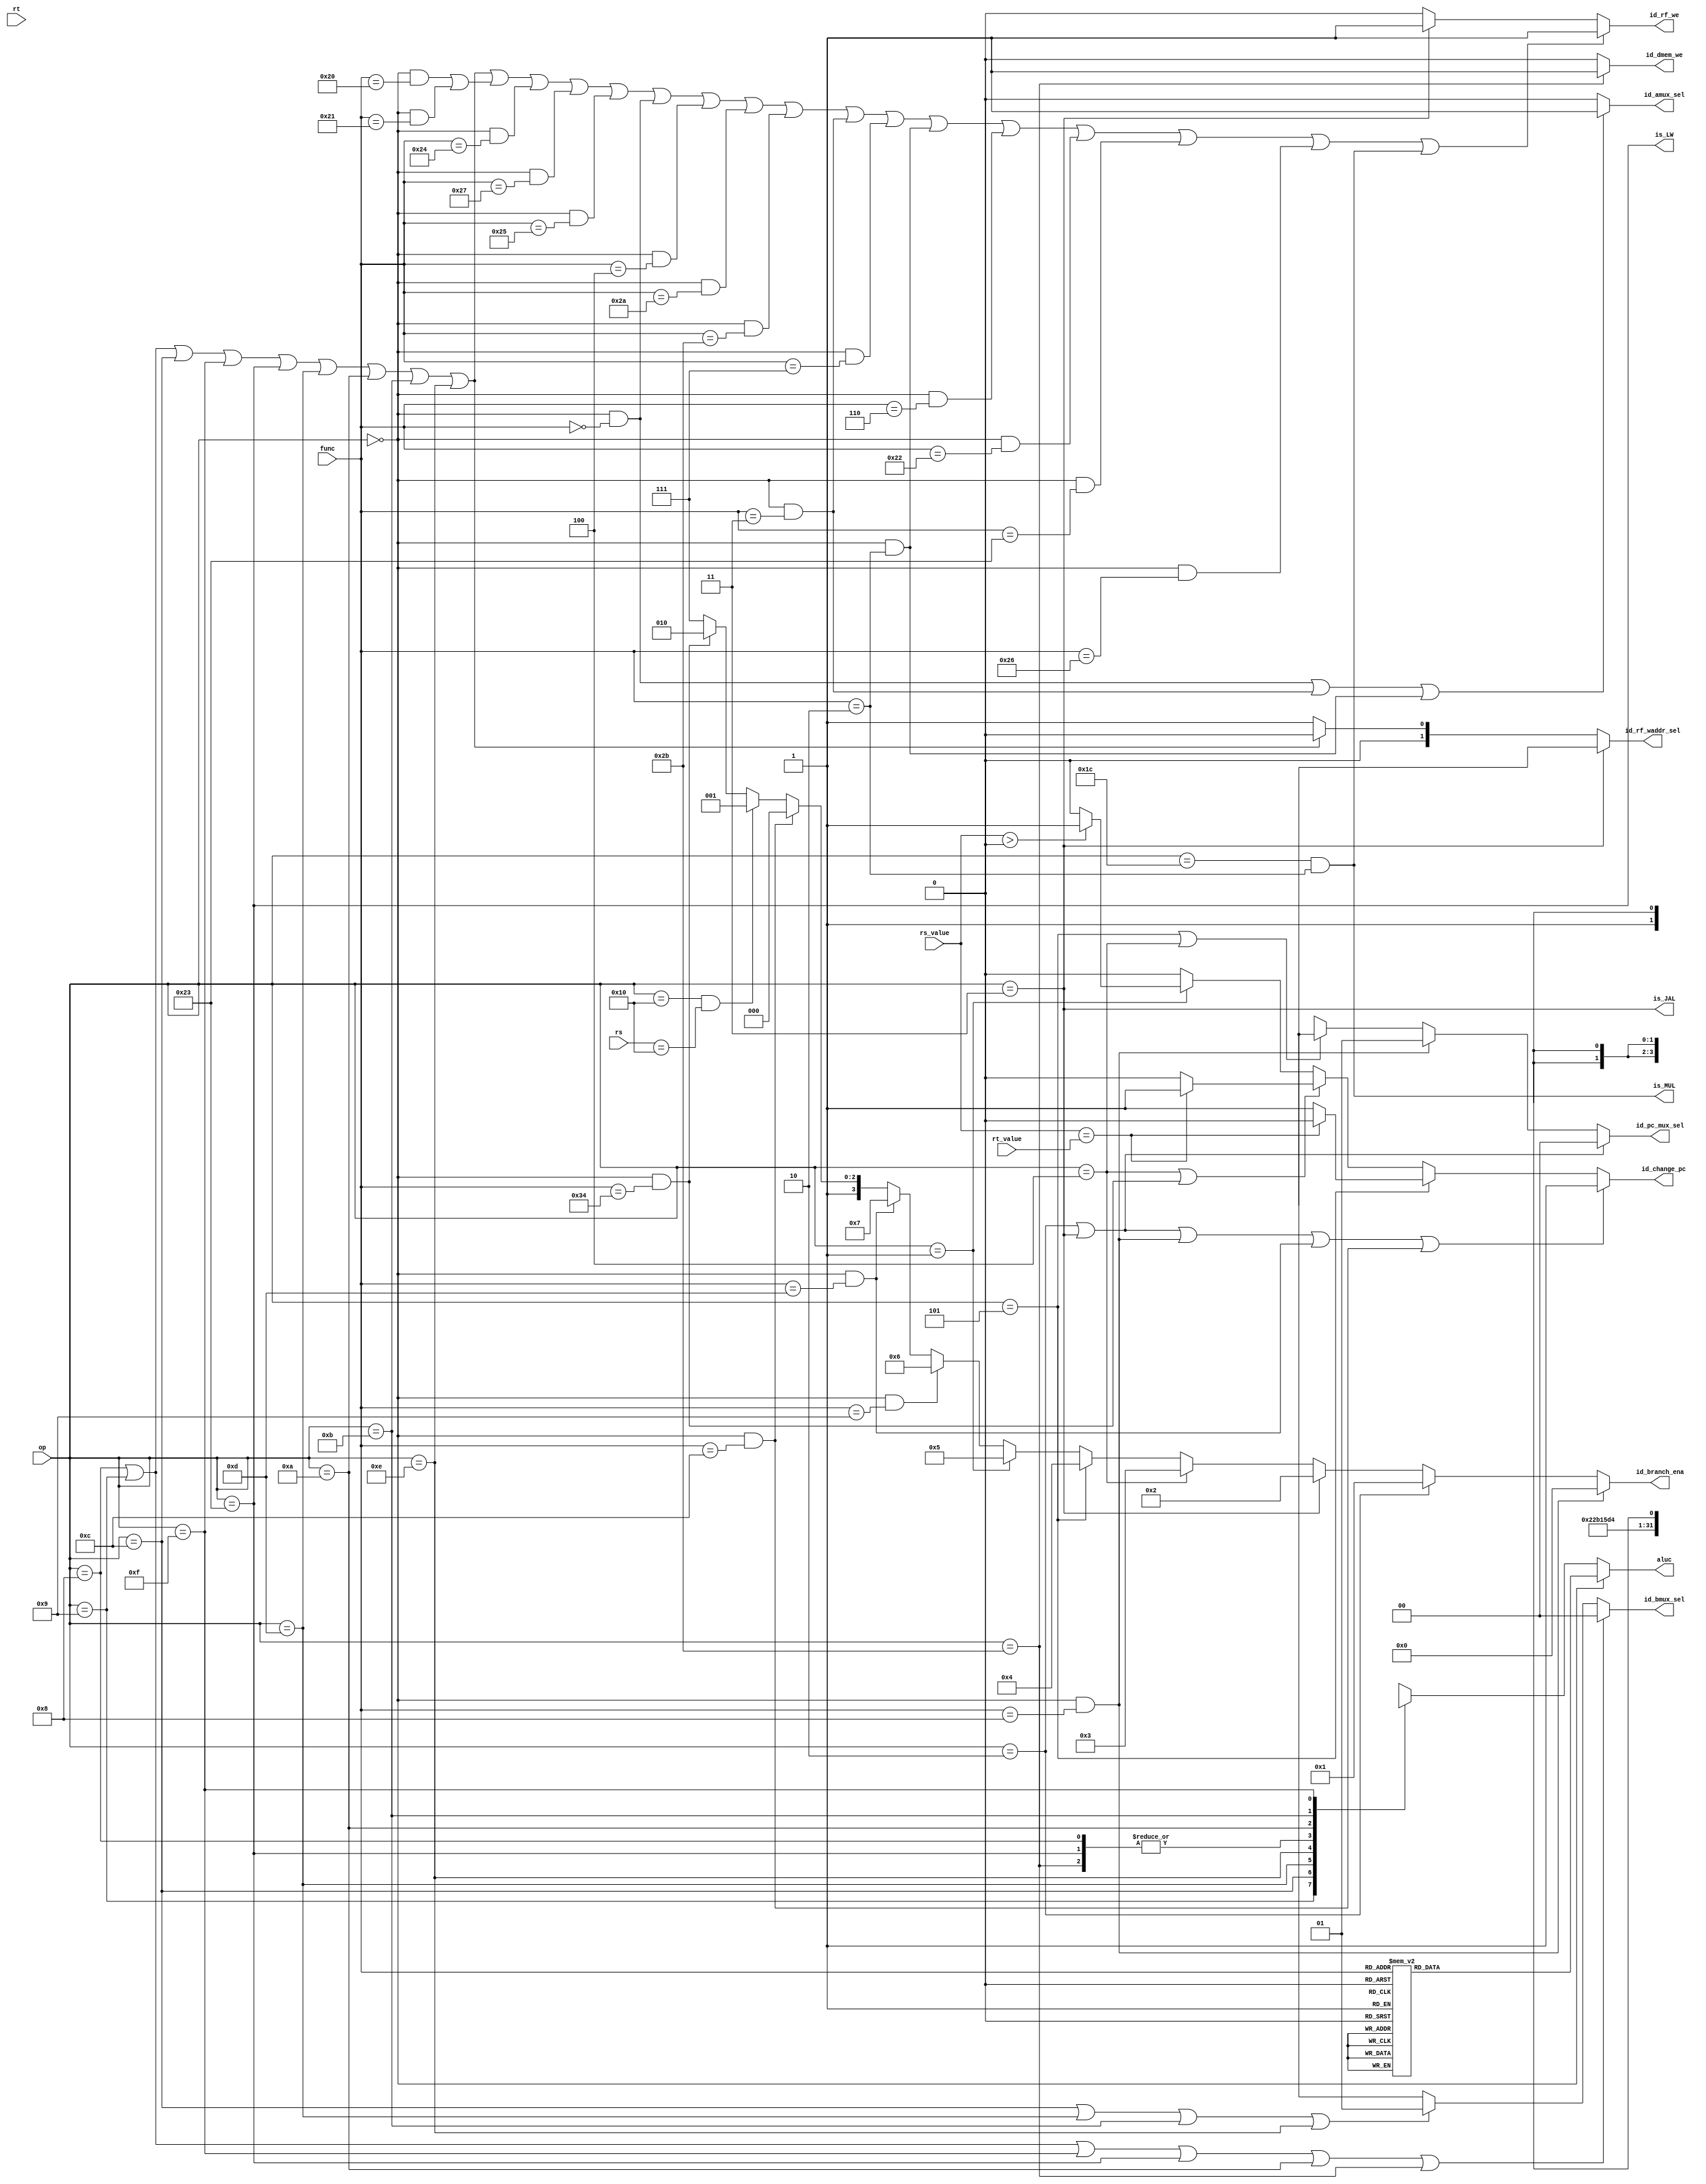
`define ALUC_ADDU 4'b0000
`define ALUC_ADD 4'b0010
`define ALUC_SUBU 4'b0001
`define ALUC_SUB 4'b0011
`define ALUC_AND 4'b0100
`define ALUC_OR 4'b0101
`define ALUC_XOR 4'b0110
`define ALUC_NOR 4'b0111
`define ALUC_LUI 4'b100x
`define ALUC_SLT 4'b1011
`define ALUC_SLTU 4'b1010
`define ALUC_SRA 4'b1100
`define ALUC_SLL 4'b111x
`define ALUC_SRL 4'b1101

`define MDUC_MULT 2'b00
`define MDUC_MULTU 2'b01
`define MDUC_DIV 2'b10
`define MDUC_DIVU 2'b11

`define OP_R_TYPE 6'b000000
`define OP_000000 6'b000000
`define FUNC_ADD 6'b100000//==`FUNC_CLZ
`define FUNC_ADDU 6'b100001
`define FUNC_SUB 6'b100010
`define FUNC_SUBU 6'b100011
`define FUNC_AND 6'b100100
`define FUNC_OR 6'b100101
`define FUNC_XOR 6'b100110
`define FUNC_NOR 6'b100111
`define FUNC_SLT 6'b101010
`define FUNC_SLTU 6'b101011
`define FUNC_SLL 6'b000000
`define FUNC_SRL 6'b000010//==`FUNC_MUL
`define FUNC_SRA 6'b000011
`define FUNC_SLLV 6'b000100
`define FUNC_SRLV 6'b000110
`define FUNC_SRAV 6'b000111
`define FUNC_JR 6'b001000
`define FUNC_DIV 6'b011010
`define FUNC_DIVU 6'b011011
`define FUNC_MULTU 6'b011001
`define FUNC_JALR 6'b001001
`define FUNC_MFHI 6'b010000
`define FUNC_MFLO 6'b010010
`define FUNC_MTHI 6'b010001
`define FUNC_MTLO 6'b010011
`define FUNC_SYSCALL 6'b001100
`define FUNC_TEQ 6'b110100
`define FUNC_BREAK 6'b001101

`define OP_010000 6'b010000
`define RS_ERET 5'b10000
`define RS_MFC0 5'b00000
`define RS_MTC0 5'b00100

`define OP_011100 6'b011100
`define FUNC_MUL 6'b000010
`define FUNC_CLZ 6'b100000

`define OP_ADDI 6'b001000
`define OP_ADDIU 6'b001001
`define OP_ANDI 6'b001100
`define OP_ORI 6'b001101
`define OP_XORI 6'b001110
`define OP_LW 6'b100011
`define OP_SW 6'b101011
`define OP_BEQ 6'b000100
`define OP_BNE 6'b000101
`define OP_SLTI 6'b001010
`define OP_SLTIU 6'b001011
`define OP_LUI 6'b001111
`define OP_J 6'b000010
`define OP_JAL 6'b000011
`define OP_LB 6'b100000
`define OP_LBU 6'b100100
`define OP_LH 6'b100001
`define OP_LHU 6'b100101
`define OP_SB 6'b101000
`define OP_SH 6'b101001
`define OP_BGEZ 6'b000001

module ID_ControlUnit
(
	op,
	rs,
	rt,
	func,
	rs_value,
	rt_value,
	id_change_pc, 
	id_pc_mux_sel, 
	id_amux_sel, 
	id_bmux_sel, 
	aluc,
	id_rf_we, 
	id_rf_waddr_sel,
	// id_rf_data_sel, 
	id_dmem_we, 
	id_branch_ena,
	is_JAL,
	is_LW,
	is_MUL
);
	input [5:0]op;
	input [4:0]rs;
	input [4:0]rt;
	input [5:0]func;
	input [31:0]rs_value;
	input [31:0]rt_value;
	output reg id_change_pc; 
	output reg [1:0]id_pc_mux_sel; 
	output reg id_amux_sel;
	output reg [1:0]id_bmux_sel; 
	output reg [3:0]aluc;
	output reg id_rf_we;
	output reg [1:0]id_rf_waddr_sel;
	// output reg [1:0]id_rf_data_sel;
	output reg id_dmem_we; 
	output reg [3:0]id_branch_ena;
	output is_JAL;
	output is_LW;
	output is_MUL;

	wire ADDI = (op == `OP_ADDI);
	wire ADDIU = (op == `OP_ADDIU);
	wire ANDI = (op == `OP_ANDI);
	wire ORI = (op == `OP_ORI);
	wire SLTIU = (op == `OP_SLTIU);
	wire LUI = (op == `OP_LUI);
	wire XORI = (op == `OP_XORI);
	wire SLTI = (op == `OP_SLTI);
	wire ADDU = (op == `OP_000000 && func == `FUNC_ADDU);
	wire AND = (op == `OP_000000 && func == `FUNC_AND);
	wire BEQ = (op == `OP_BEQ);
	wire BNE = (op == `OP_BNE);
	wire J = (op == `OP_J);
	wire JAL = (op == `OP_JAL);
	wire JR = (op == `OP_000000 && func == `FUNC_JR);
	wire LW = (op == `OP_LW);
	wire XOR = (op == `OP_000000 && func == `FUNC_XOR);
	wire NOR = (op == `OP_000000 && func == `FUNC_NOR);
	wire OR = (op == `OP_000000 && func == `FUNC_OR);
	wire SLL = (op == `OP_000000 && func == `FUNC_SLL);
	wire SLLV = (op == `OP_000000 && func == `FUNC_SLLV);
	wire SLTU = (op == `OP_000000 && func == `FUNC_SLTU);
	wire SRA = (op == `OP_000000 && func == `FUNC_SRA);
	wire SRL = (op == `OP_000000 && func == `FUNC_SRL);
	wire SUBU = (op == `OP_000000 && func == `FUNC_SUBU);
	wire SW = (op == `OP_SW);
	wire ADD = (op == `OP_000000 && func == `FUNC_ADD);
	wire SUB = (op == `OP_000000 && func == `FUNC_SUB);
	wire SLT = (op == `OP_000000 && func == `FUNC_SLT);
	wire SRLV = (op == `OP_000000 && func == `FUNC_SRLV);
	wire SRAV = (op == `OP_000000 && func == `FUNC_SRAV);
	wire CLZ = (op == `OP_011100 && func == `FUNC_CLZ);
	wire DIVU = (op == `OP_000000 && func == `FUNC_DIVU);
	wire ERET = (op == `OP_010000 && rs == `RS_ERET);
	wire JALR = (op == `OP_000000 && func == `FUNC_JALR);
	wire LB = (op == `OP_LB);
	wire LBU = (op == `OP_LBU);
	wire LHU = (op == `OP_LHU);
	wire SB = (op == `OP_SB);
	wire SH = (op == `OP_SH);
	wire LH = (op == `OP_LH);
	wire MFC0 = (op == `OP_010000 && rs == `RS_MFC0);
	wire MFHI = (op == `OP_000000 && func == `FUNC_MFHI);
	wire MFLO = (op == `OP_000000 && func == `FUNC_MFLO);
	wire MTC0 = (op == `OP_010000 && rs == `RS_MTC0);
	wire MTHI = (op == `OP_000000 && func == `FUNC_MTHI);
	wire MTLO = (op == `OP_000000 && func == `FUNC_MTLO);
	wire MUL = (op == `OP_011100 && func == `FUNC_MUL);
	wire MULTU = (op == `OP_000000 && func == `FUNC_MULTU);
	wire SYSCALL = (op == `OP_000000 && func == `FUNC_SYSCALL);
	wire TEQ = (op == `OP_000000 && func == `FUNC_TEQ);
	wire BGEZ = (op == `OP_BGEZ);
	wire BREAK = (op == `OP_000000 && func == `FUNC_BREAK);
	wire DIV = (op == `OP_000000 && func == `FUNC_DIV);

	assign is_JAL = JAL;
	assign is_LW = LW;
	assign is_MUL = MUL;

	//aluc
	always @(*) begin
		if(op == `OP_R_TYPE) begin
			case(func)
				`FUNC_ADD: begin
					aluc = `ALUC_ADD;
				end
				`FUNC_ADDU: begin
					aluc = `ALUC_ADDU;
				end
				`FUNC_SUB: begin
					aluc = `ALUC_SUB;
				end
				`FUNC_SUBU: begin
					aluc = `ALUC_SUBU;
				end
				`FUNC_AND: begin
					aluc = `ALUC_AND;
				end 
				`FUNC_OR: begin
					aluc = `ALUC_OR;
				end
				`FUNC_XOR: begin
					aluc = `ALUC_XOR;
				end 
				`FUNC_NOR: begin
					aluc = `ALUC_NOR;
				end 
				`FUNC_SLT: begin
					aluc = `ALUC_SLT;
				end 
				`FUNC_SLTU: begin
					aluc = `ALUC_SLTU;
				end
				`FUNC_SLL: begin
					aluc = `ALUC_SLL;
				end 
				`FUNC_SRL: begin
					aluc = `ALUC_SRL;
				end 
				`FUNC_SRA: begin
					aluc = `ALUC_SRA;
				end 
				`FUNC_SLLV: begin
					aluc = `ALUC_SLL;
				end
				`FUNC_SRLV: begin
					aluc = `ALUC_SRL;
				end
				`FUNC_SRAV: begin
					aluc = `ALUC_SRA;
				end
				default: begin
					aluc = 4'bxxxx;
				end
			endcase
		end 
		else begin
			case(op)
				`OP_ADDI: begin
					aluc = `ALUC_ADD;
				end
				`OP_ADDIU: begin
					aluc = `ALUC_ADDU;
				end
				`OP_ANDI: begin
					aluc = `ALUC_AND;
				end
				`OP_ORI: begin
					aluc = `ALUC_OR;
				end
				`OP_XORI: begin
					aluc = `ALUC_XOR;
				end
				`OP_LW: begin
					aluc = `ALUC_ADD;
				end
				`OP_SW: begin
					aluc = `ALUC_ADD;
				end
				`OP_SLTI: begin
					aluc = `ALUC_SLT;
				end
				`OP_SLTIU: begin
					aluc = `ALUC_SLTU;
				end
				`OP_LUI: begin
					aluc = `ALUC_LUI;
				end
				default: begin
					aluc = 4'bxxxx;
				end
			endcase
		end
	end

	//id_amux_sel
	always @(*) begin
		if(SLL || SRA || SRL) begin
			id_amux_sel = 1'b1;
		end 
		else begin
			id_amux_sel = 1'b0;
		end
	end

	//id_bmux_sel
	always @(*) begin
		if(ADDI || ADDIU || LUI || LW || SLTI || SW) begin
			id_bmux_sel = 2'b00;
		end 
		else if(ANDI || ORI || SLTIU || XORI) begin
			id_bmux_sel = 2'b01;
		end 
		else begin
			id_bmux_sel = 2'b1x;
		end
	end

	//id_change_pc
	always @(*) begin
		if(J || JAL || JR||BREAK||SYSCALL) begin
			id_change_pc = 1'b1;
		end 
		else if(BNE) begin
			if(rs_value == rt_value) begin
				id_change_pc = 1'b0;
			end 
			else begin
				id_change_pc = 1'b1;
			end
		end 
		else if(BEQ||TEQ) begin
			if(rs_value == rt_value) begin
				id_change_pc = 1'b1;
			end 
			else begin
				id_change_pc = 1'b0;
			end
		end 
		else if(BGEZ) begin
			if(rs_value > 32'd0) begin
				id_change_pc = 1'b1;
			end
			else begin
				id_change_pc = 1'b0;
			end
		end
		else begin
			id_change_pc = 1'b0;
		end
	end

	//id_pc_mux_sel
	always @(*) begin
		if(J || JAL) begin
			id_pc_mux_sel = 2'b00;
		end 
		else if(JR) begin
			id_pc_mux_sel = 2'b01;
		end 
		else if(BNE || BEQ) begin
			id_pc_mux_sel = 2'b1x;
		end 
		else begin
			id_pc_mux_sel = 2'bxx;
		end
	end

	//id_dmem_we
	always @(*) begin
		if(SW) begin
			id_dmem_we = 1'b1;
		end 
		else begin
			id_dmem_we = 1'b0;
		end
	end

	//id_rf_we
	always @(*) begin
		if(ADDI||ADDIU||ANDI||LUI||LW||ORI||SLTI||SLTIU||XORI||ADD|ADDU||AND||NOR||OR||SLL||SLLV||SLT||SLTU||SRA||SRAV||SRL||SRLV||SUB||SUBU||XOR||MUL) begin
			id_rf_we = 1'b1;
		end
		else if(JAL) begin
			id_rf_we = 1'b1;
		end 
		else begin
			id_rf_we = 1'b0;
		end
	end

	//id_rf_waddr_sel
	always @(*) begin
		if(JAL) begin
			id_rf_waddr_sel = 2'b1x;
		end 
		else if(ADDI || ADDIU || ANDI || LUI || LW || ORI || SLTI || SLTIU || XORI) begin
			id_rf_waddr_sel = 2'b00;
		end 
		else begin
			id_rf_waddr_sel = 2'b01;
		end 
	end

	//id_rf_data_sel
	// always @(*) begin
	// 	if(LW) begin
	// 		id_rf_data_sel = 2'b01;
	// 	end 
	// 	else if(JAL) begin
	// 		id_rf_data_sel = 2'b10;
	// 	end 
	// 	else if(MUL||MFLO) begin
	// 		id_rf_data_sel = 2'b11;
	// 	end 
	// 	else begin
	// 		id_rf_data_sel = 2'b00;
	// 	end
	// end

	//id_branch_ena
	always @(*) begin
		if(JR) begin
			id_branch_ena = 4'b0000;
		end
		else if(J) begin
			id_branch_ena = 4'b0001;
		end
		else if(JAL) begin
			id_branch_ena = 4'b0010;
		end
		else if(BEQ) begin
			id_branch_ena = 4'b0011;
		end
		else if(BNE) begin
			id_branch_ena = 4'b0100;
		end
		else if(BGEZ) begin
			id_branch_ena = 4'b0101;
		end
		else if(JALR) begin
			id_branch_ena = 4'b0110;
		end
		else if(BREAK) begin
			id_branch_ena = 4'b0111;
		end
		else if(SYSCALL) begin
			id_branch_ena = 4'b1000;
		end
		else if(ERET) begin
			id_branch_ena = 4'b1001;
		end
		else if(TEQ) begin
			id_branch_ena = 4'b1010;
		end
		else begin
			id_branch_ena = 4'b1111;
		end
	end

endmodule

module IF_ControlUnit
(
	id_change_pc,
	if_stop,
	if_pc_mux_sel
);
	input id_change_pc;
	input if_stop;
	output reg [1:0]if_pc_mux_sel;

	always @(*) begin
		if(if_stop) begin
			if_pc_mux_sel = 2'b10;
		end 
		else begin
			if(id_change_pc) begin
				if_pc_mux_sel = 2'b01;
			end 
			else begin
				if_pc_mux_sel = 2'b00;
			end 
		end
	end
endmodule